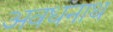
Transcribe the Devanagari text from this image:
अवधनाथ